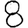
Digit: 8